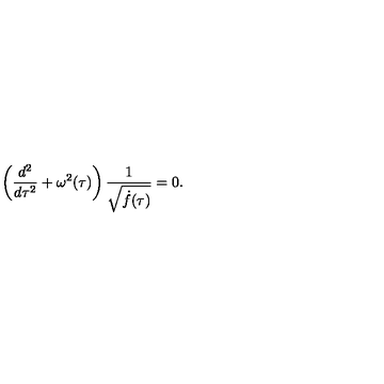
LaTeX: \left( \frac { d ^ { 2 } } { d \tau ^ { 2 } } + \omega ^ { 2 } ( \tau ) \right) \frac { 1 } { \sqrt { \dot { f } ( \tau ) } } = 0 .